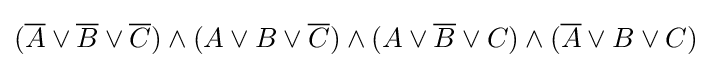
({\overline {A}}\vee {\overline {B}}\vee {\overline {C}})\wedge (A\vee B\vee {\overline {C}})\wedge (A\vee {\overline {B}}\vee C)\wedge ({\overline {A}}\vee B\vee C)